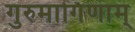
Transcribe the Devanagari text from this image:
गुरुमार्गिणाम्